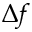
\Delta f